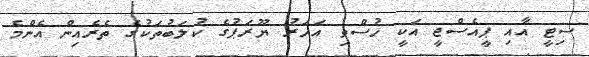
ސިޓީ އާއި ޕީއެސްޖީ އަކީ ހުސްވި އަހަރު ޔޫރަޕުގެ ކުލަބުތަކުގެ ތެރެއިން އެންމެ